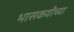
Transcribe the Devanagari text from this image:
भासकवीच्या